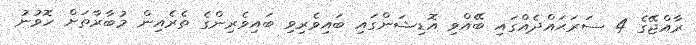
ރާއްޖޭގެ 4 ސަރަޙައްދެއްގައި ބޭއްވި އޮޑިޝަންގައި ބައިވެރިވި ބައިވެރިންގެ ތެރެއިން މުބާރާތަށް ހޮވުނު